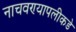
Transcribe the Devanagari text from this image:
नाचवण्यापलीकडे